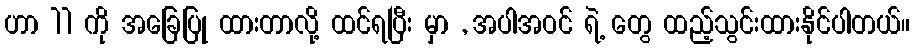
ဟာ 11 ကို အခြေပြု ထားတာလို့ ထင်ရပြီး မှာ , အပါအဝင် ရဲ့ တွေ ထည့်သွင်းထားနိုင်ပါတယ်။